Civil Veterinary Department Bengal reports 1933-51 - 1933-1951
Year: 1933
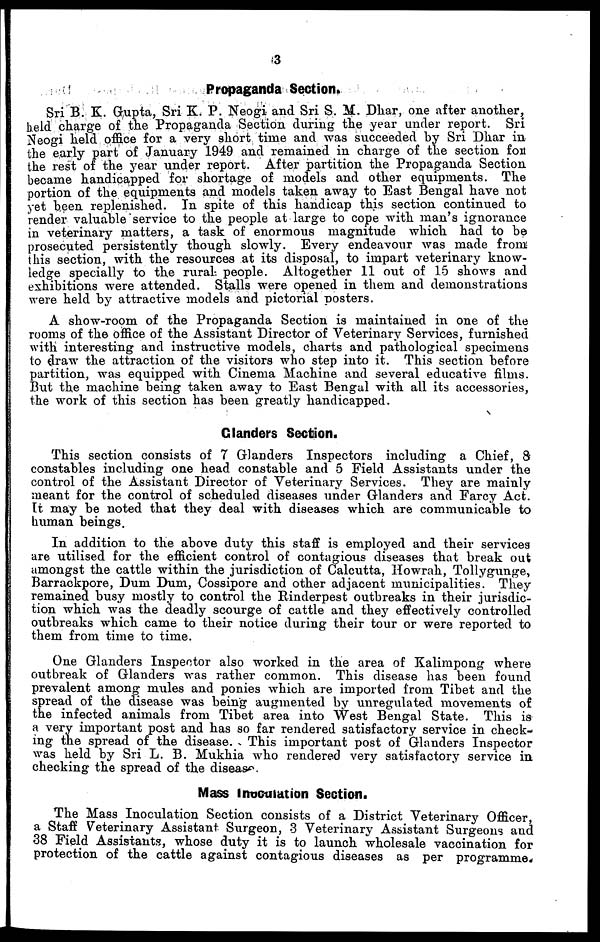
3
Propaganda Section.
Sri B. K. Gupta, Sri K. P. Neogi and Sri S. M. Dhar, one after another,
beld charge of the Propaganda Section during the year under report. Sri
Neogi held office for a very short time and was succeeded by Sri Dhar in
the early part of January 1949 and remained in charge of the section fort
the rest of the year under report. After partition the Propaganda Section
became handicapped for shortage of models and other equipments. The
portion of the equipments and models taken away to East Bengal have not
yet been replenished. In spite of this handicap this section continued to
render valuable service to the people at large to cope with man's ignorance
in veterinary matters, a task of enormous magnitude which had to be
prosecuted persistently though slowly. Every endeavour was made from
this section, with the resources at its disposal, to impart veterinary know-
ledge specially to the rural people. Altogether 11 out of 15 shows and
exhibitions were attended. Stalls were opened in them and demonstrations
were held by attractive models and pictorial posters.
A show-room of the Propaganda Section is maintained in one of the
rooms of the office of the Assistant Director of Veterinary Services, furnished
with interesting and instructive models, charts and pathological specimens
to draw the attraction of the visitors who step into it. This section before
partition, was equipped with Cinema Machine and several educative films.
But the machine being taken away to East Bengal with all its accessories,
the work of this section has been greatly handicapped.
Glanders Section.
This section consists of 7 Glanders Inspectors including a Chief, 8
constables including one head constable and 5 Field Assistants under the
control of the Assistant Director of Veterinary Services. They are mainly
meant for the control of scheduled diseases under Glanders and Farcy Act.
It may be noted that they deal with diseases which are communicable to
human beings.
In addition to the above duty this staff is employed and their services
are utilised for the efficient control of contagious diseases that break out
amongst the cattle within the jurisdiction of Calcutta, Howrah, Tollygunge,
Barrackpore, Dum Dum, Cossipore and other adjacent municipalities. They
remained busy mostly to control the Rinderpest outbreaks in their jurisdic-
tion which was the deadly scourge of cattle and they effectively controlled
outbreaks which came to their notice during their tour or were reported to
them from time to time.
One Glanders Inspector also worked in the area of Kalimpong where
outbreak of Glanders was rather common. This disease has been found
prevalent among mules and ponies which are imported from Tibet and the
spread of the disease was being augmented by unregulated movements of
the infected animals from Tibet area into West Bengal State. This is
a very important post and has so far rendered satisfactory service in check-
ing the spread of the disease. This important post of Glanders Inspector
was held by Sri L. B. Mukhia who rendered very satisfactory service in
checking the spread of the disease.
Mass Inoculation Section.
The Mass Inoculation Section consists of a District Veterinary Officer,
a Staff Veterinary Assistant Surgeon, 3 Veterinary Assistant Surgeons and
38 Field Assistants, whose duty it is to launch wholesale vaccination for
protection of the cattle against contagious diseases as per programme.